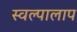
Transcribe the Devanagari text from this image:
स्वल्पालाप